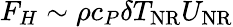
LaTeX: F_{H}\sim\rho c_{P}\delta T_{\mathrm{NR}}U_{\mathrm{NR}}